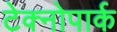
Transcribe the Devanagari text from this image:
टेक्नोपार्क